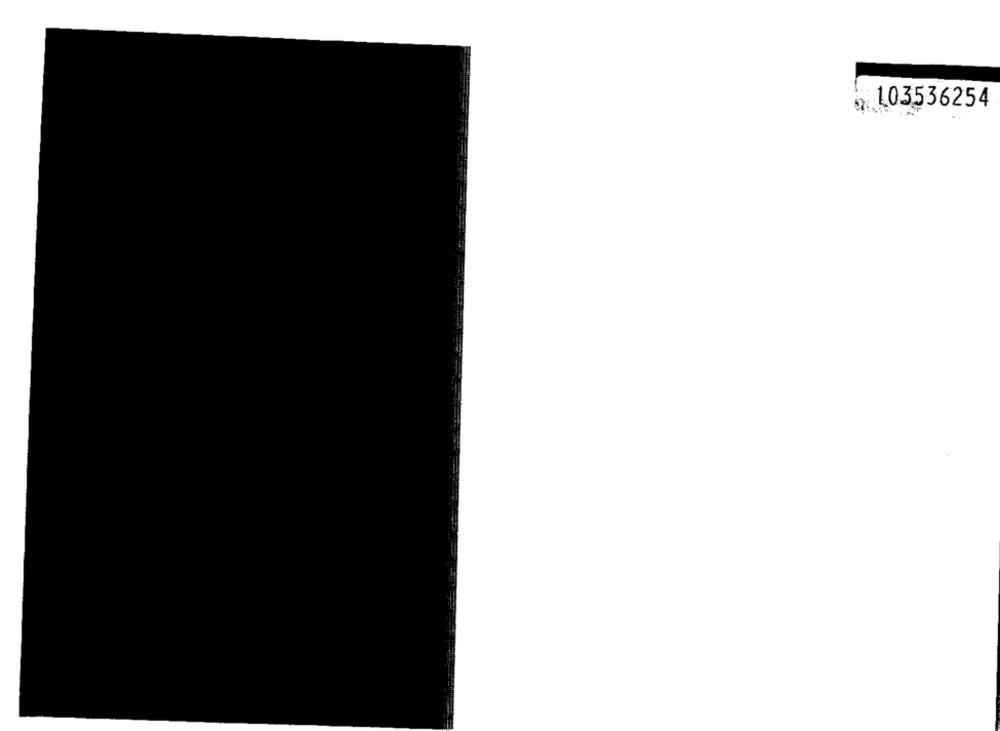
1.03536254